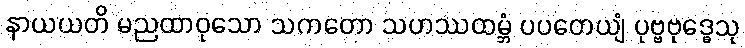
နာယယတိ မညထာဝုသော သကတော သဟဿထမ္ဘံ ပပတေယျံ ပုဗ္ဗဗုဒ္ဓေသု